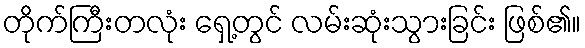
တိုက်ကြီးတလုံး ရှေ့တွင် လမ်းဆုံးသွားခြင်း ဖြစ်၏။